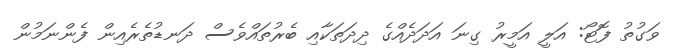
ވަގުތު ފޮޓޯ: އަލީ އަމީރު ގިނަ އަދަދެއްގެ ދިދަތަކާއި ބެރުތައްވެސް ދަނޑުތެރެއިން ފެންނަމުން